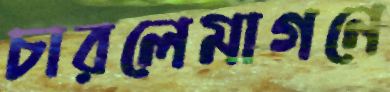
চারলেমাগনে